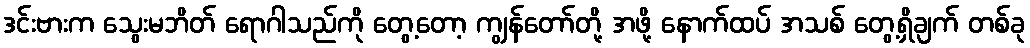
ဒင်းဗားက သွေးမဘိတ် ရောဂါသည်ကို တွေ့တော့ ကျွန်တော်တို့ အဖို့ နောက်ထပ် အသစ် တွေ့ရှိချက် တစ်ခု